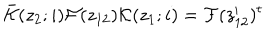
\bar { { \cal K } } ( z _ { 2 } ; i ) { \cal F } ( z _ { 1 2 } ) { \cal K } ( z _ { 1 } ; i ) = { \cal F } ( z _ { 1 2 } ^ { \prime } ) ^ { t }